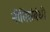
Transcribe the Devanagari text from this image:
नीतिसंबंधी